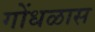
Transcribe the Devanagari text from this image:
गोंधळास